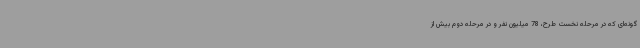
گونه‌ای که در مرحله نخست طرح، 78 میلیون نفر و در مرحله دوم بیش از